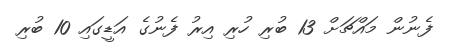
ފެނުން މައްޗަށް 13 ބުރި ހުރި އިރު ފެނުގެ އަޑީގައި 10 ބުރި